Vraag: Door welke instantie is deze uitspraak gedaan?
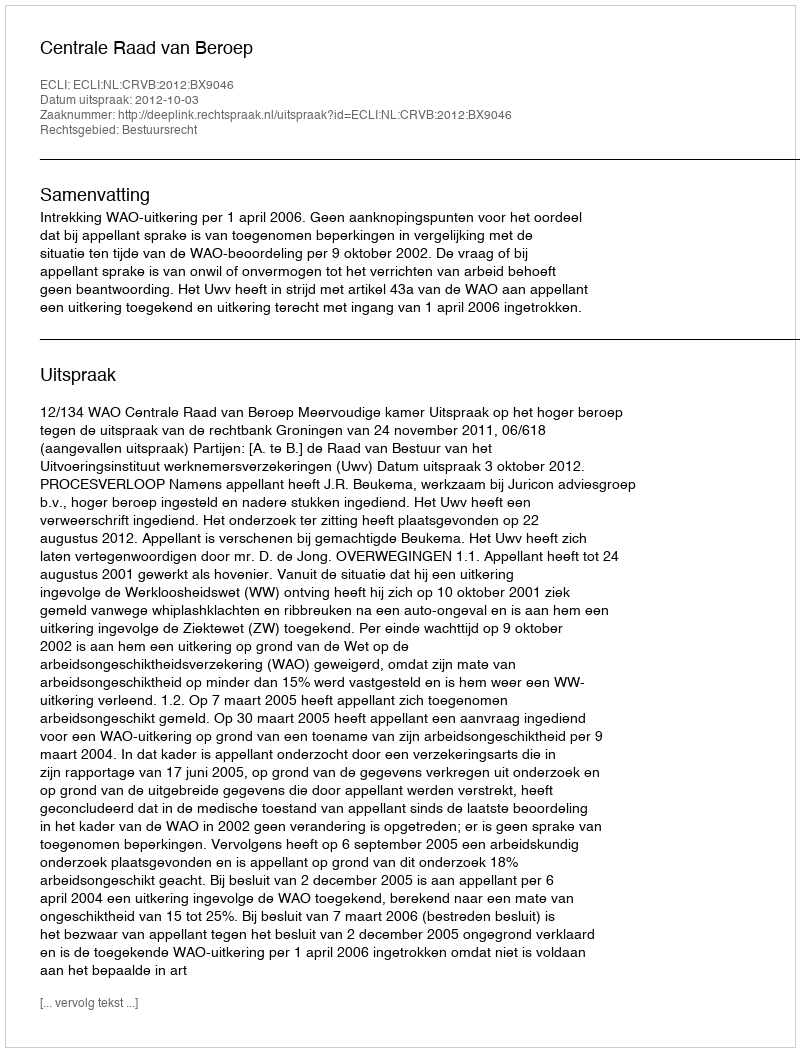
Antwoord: Centrale Raad van Beroep